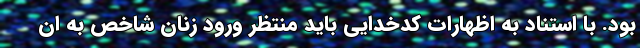
بود. با استناد به اظهارات کدخدایی باید منتظر ورود زنان شاخص به ان